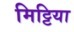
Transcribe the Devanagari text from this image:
मिट्टिया